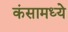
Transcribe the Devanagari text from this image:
कंसामध्ये